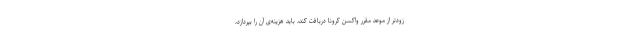
زودتر از موعد مقرر واکسن کرونا دریافت کند، باید هزینه‌ی آن را بپردازد،